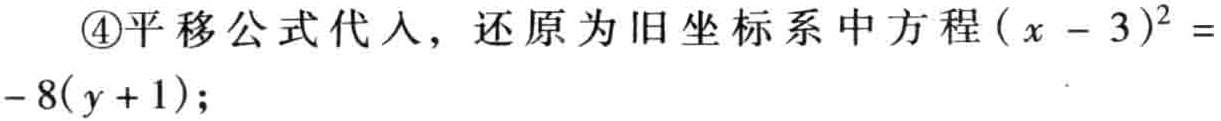
\textcircled{4}平移公式代入，还原为旧坐标系中方程\((x - 3)^{2} = - 8(y + 1)\);